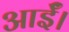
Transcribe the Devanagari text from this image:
आईँ।